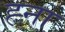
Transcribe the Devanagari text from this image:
ह्ना